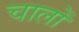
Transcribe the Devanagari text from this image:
चालोँ